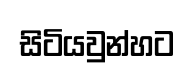
සිටියවුන්හට